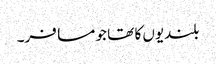
بلندیوں کا تھا جو مسافر۔